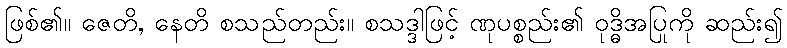
ဖြစ်၏။ ဇေတိ, နေတိ စသည်တည်း။ စသဒ္ဒါဖြင့် ဏုပစ္စည်း၏ ဝုဒ္ဓိအပြုကို ဆည်း၍